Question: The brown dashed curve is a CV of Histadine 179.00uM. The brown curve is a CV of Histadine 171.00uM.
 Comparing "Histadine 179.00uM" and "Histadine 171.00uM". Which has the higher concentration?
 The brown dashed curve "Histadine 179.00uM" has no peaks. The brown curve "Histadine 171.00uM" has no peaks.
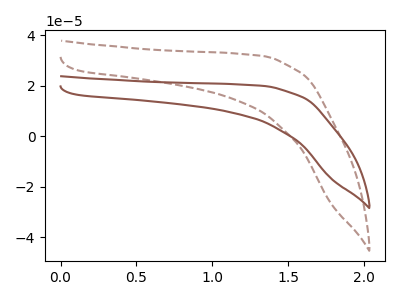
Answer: <think>Neither "Histadine 179.00uM" or "Histadine 171.00uM" have any peaks.
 </think>
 <answer>I cant tell if "Histadine 179.00uM" or "Histadine 171.00uM" has higher concentration.</answer>
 <eval>mixed_concentration</eval>